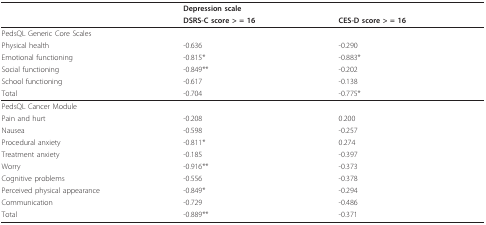
|  | <COLSPAN=2> Depression scale |
 |  | DSRS-C score > = 16 | CES-D score > = 16 |
 | --- | --- | --- |
 | PedsQL Generic Core Scales |  |  |
 | Physical health | -0.636 | -0.290 |
 | Emotional functioning | -0.815* | -0.883* |
 | Social functioning | -0.849** | -0.202 |
 | School functioning | -0.617 | -0.138 |
 | Total | -0.704 | -0.775* |
 | PedsQL Cancer Module |  |  |
 | Pain and hurt | -0.208 | 0.200 |
 | Nausea | -0.598 | -0.257 |
 | Procedural anxiety | -0.811* | 0.274 |
 | Treatment anxiety | -0.185 | -0.397 |
 | Worry | -0.916** | -0.373 |
 | Cognitive problems | -0.556 | -0.378 |
 | Perceived physical appearance | -0.849* | -0.294 |
 | Communication | -0.729 | -0.486 |
 | Total | -0.889** | -0.371 |